Annual administration and progress report of the Indian Medical Department, Bombay
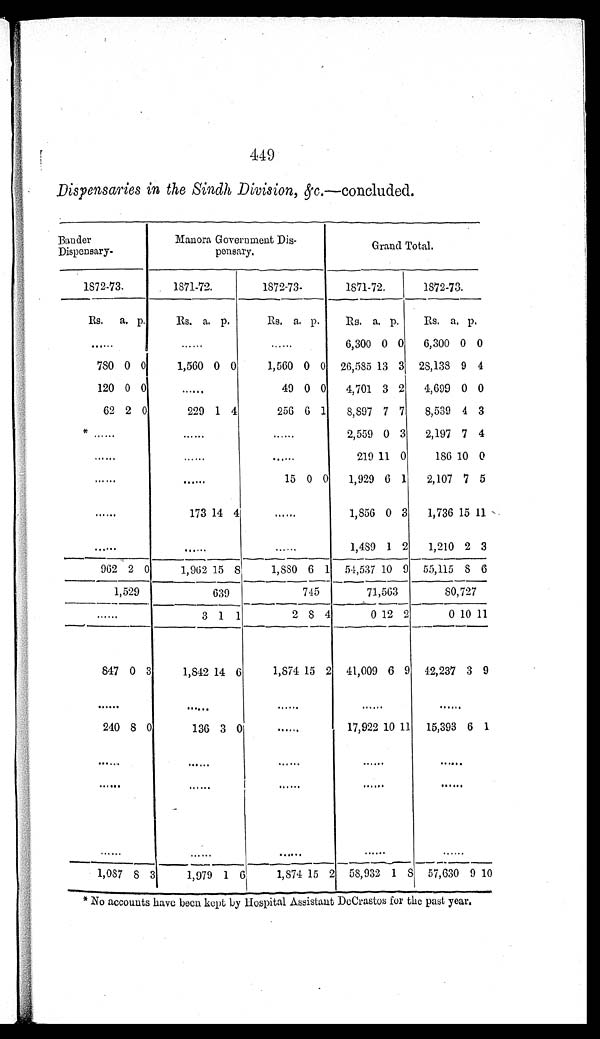
449
Dispensaries in the Sindh Division, &C.— concluded.
Bander
Di s p e n s a r y .
Manora Government Di
s -
pensary.
Grand Total.
1872-73.
1871-72.
1872- 73.
1871-72.
1872-73.
Rs.
a. p.
Rs. a. p.
Rs. a. p.
Rs.
a .
p .
Rs.
a.
p .
. . . . . .
. . . 6,300 0 0
6,300 0 0
780 0 0
1,560 0 0
1,560 0 0 26,585 13 3 28,138 9 4
120 0
0
. . .
49 0 0
4,701 3 2
4,699 0 0
62 2 0
229 1 4
256 6 1
8,897 7 7
8,539 4 3
* . . .
. . .
. . . 2,559 0 3
2,197 7 4
. . .
. . .
. . .
219 11 0
186 10 0
. . .
. . .
15 0 0
1,929 6 1
2,107 7 5
. . .
173 14 4
. . .
1,856 0 3
1,736 15 11
. . . . . .
. . .
1,489 1 2
1,210 2 3
962 2 0
1,962 15 8
1,880 6 1 54,537 10 9 55,115
8 6
1,529
639
745
71,563
80,727
. . .
3 1 1
2 8 4
0 12 2
0 10 11
847 0 3
1,842 14 6
1,874 15 2 41,009 6 9 42,237 3 9
. . . . . .
. . .
. . .
. . .
240 8 0
136 3 0
. . .
17,922 10 11
15,393 6 1
. . . . . .
. . .
. . .
. . .
. . . . . .
. . .
. . .
. . .
. . . . . .
. . .
. . .
. . .
1,087 8 3
1,979 1 6
1,874 15 2 58,932 1
8 57,630 9 10
* No accounts have been kept by Hospital Assistant DeCrastos for the past year.